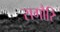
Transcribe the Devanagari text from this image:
सगौरि